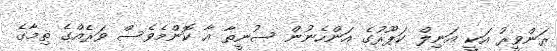
ރަންވީރު އަކީ އަނިލް ކަޕޫރުގެ އަންހެނުން ސުނީތާ އާ ކޮންމެވެސް ވަރެއްގެ ތިމާގެ